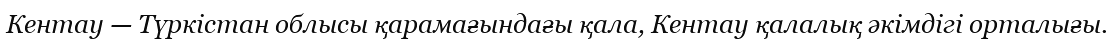
Кентау — Түркістан облысы қарамағындағы қала, Кентау қалалық әкімдігі орталығы.